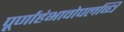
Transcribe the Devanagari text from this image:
पूर्णाहंभावोपलब्धि